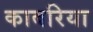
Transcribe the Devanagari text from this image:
काबरिया